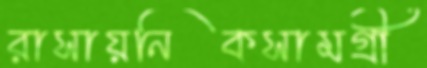
রাসায়নিকসামগ্রী